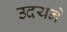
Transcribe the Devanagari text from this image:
उदयने